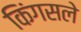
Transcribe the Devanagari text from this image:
किंगसले